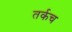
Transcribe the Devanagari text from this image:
तर्कच